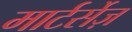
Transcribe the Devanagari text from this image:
मार्टर्सेज़